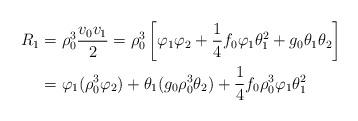
LaTeX: \begin{align*}R_{1} & =\rho_{0}^{3}\frac{v_{0}v_{1}}{2}=\rho_{0}^{3}\left[ \varphi_{1}\varphi_{2}+\frac{1}{4}f_{0}\varphi_{1}\theta_{1}^{2}+g_{0}\theta_{1}\theta_{2}\right] \\& =\varphi_{1}(\rho_{0}^{3}\varphi_{2})+\theta_{1}(g_{0}\rho_{0}^{3}\theta_{2})+\frac{1}{4}f_{0}\rho_{0}^{3}\varphi_{1}\theta_{1}^{2}\end{align*}